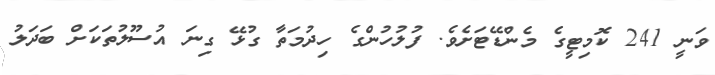
ވަނީ 241 ކޮމިޓީގެ މެންޑޭޓަށެވެ. ފުލުހުންގެ ހިދުމަތާ ގުޅޭ ގިނަ އުސޫލުތަކަށް ބަދަލު